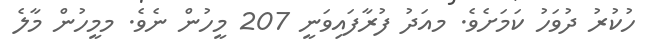
ހުކުރު ދުވަހު ކަމަށެވެ. މއަދު ފުރާފައިވަނީ 207 މީހުން ނެވެ. މމީހުން މާލެ